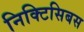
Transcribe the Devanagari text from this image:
निक्टिसिबस